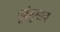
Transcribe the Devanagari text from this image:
पूर्वनुमान